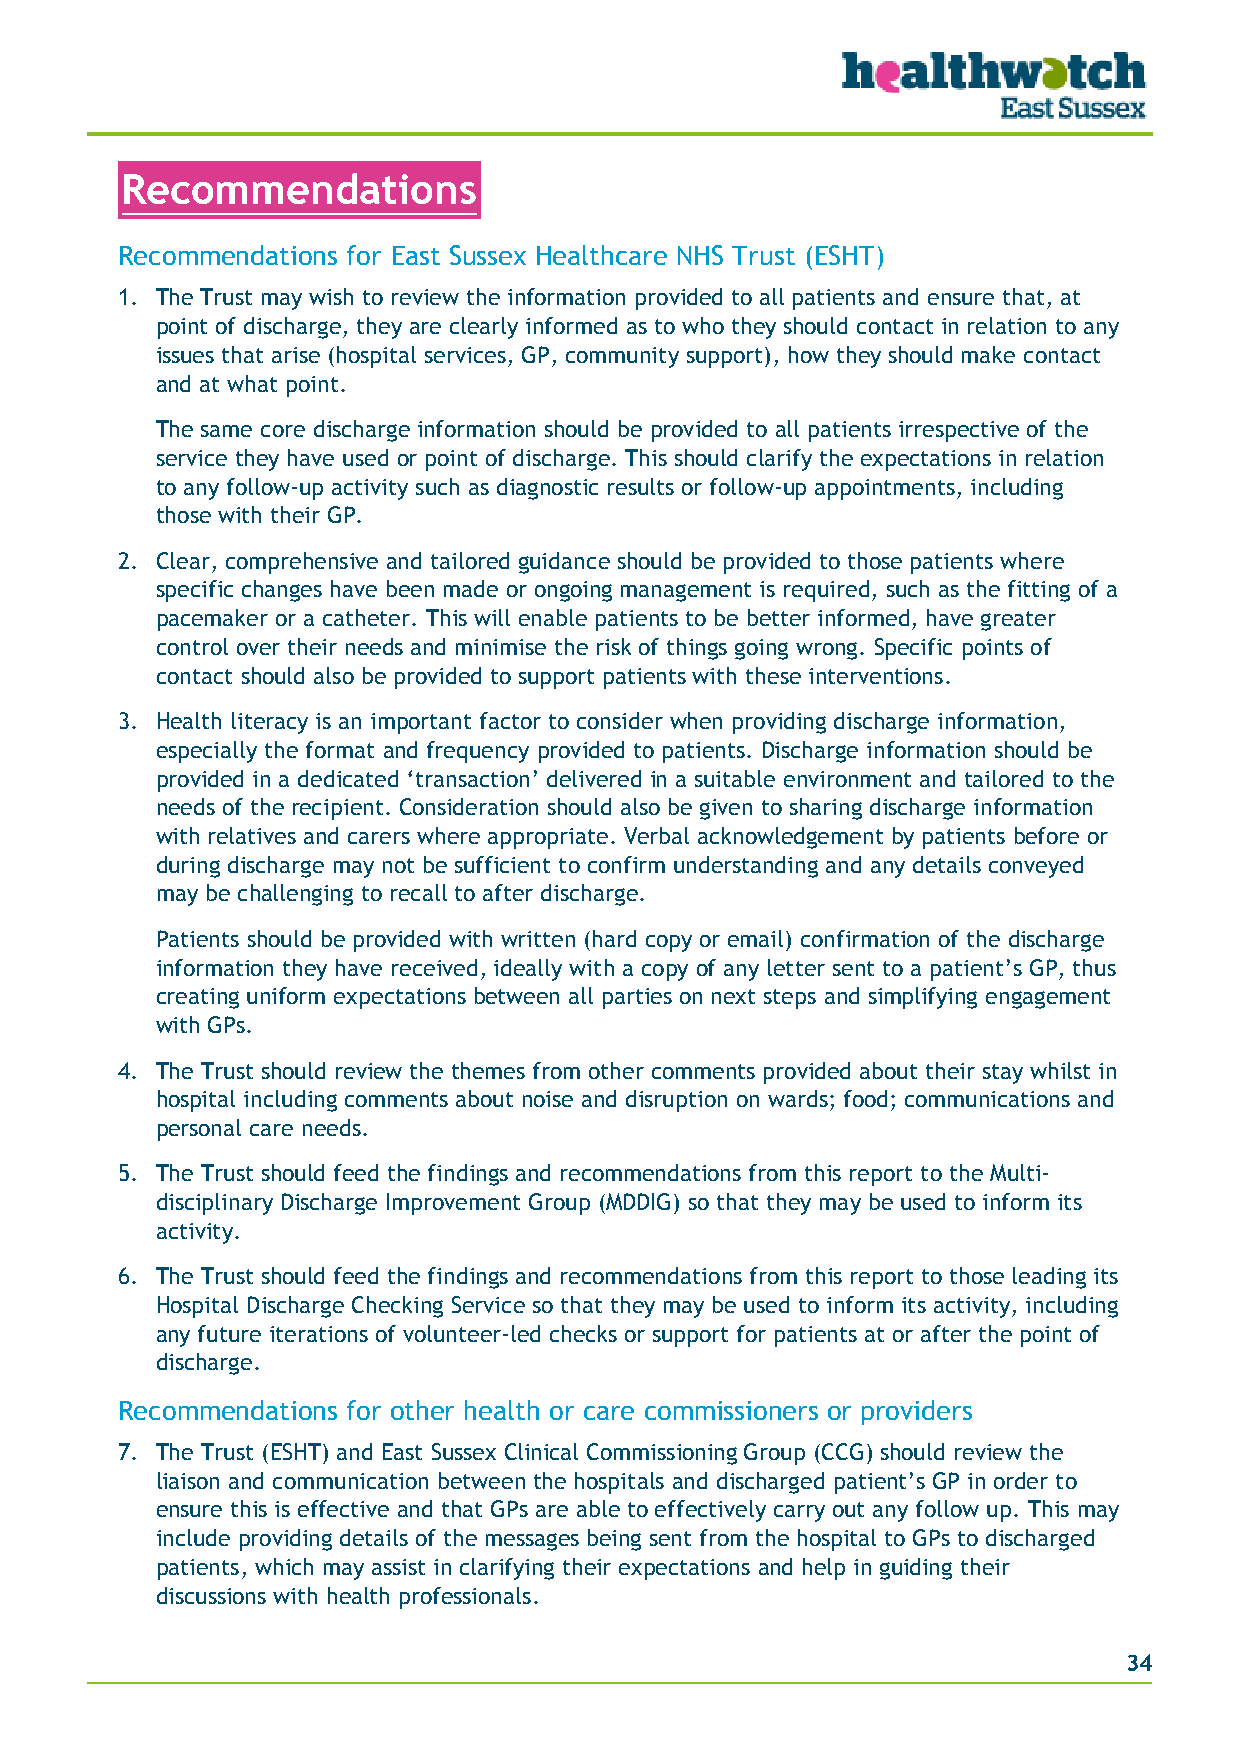
Recommendations
 Recommendations for East Sussex Healthcare NHS Trust (ESHT)
 1. The Trust may wish to review the information provided to all patients and ensure that, at
 point of discharge, they are clearly informed as to who they should contact in relation to any
 issues that arise (hospital services, GP, community support), how they should make contact
 and at what point.
 The same core discharge information should be provided to all patients irrespective of the
 service they have used or point of discharge. This should clarify the expectations in relation
 to any follow-up activity such as diagnostic results or follow-up appointments, including
 those with their GP.
 2. Clear, comprehensive and tailored guidance should be provided to those patients where
 specific changes have been made or ongoing management is required, such as the fitting of a
 pacemaker or a catheter. This will enable patients to be better informed, have greater
 control over their needs and minimise the risk of things going wrong. Specific points of
 contact should also be provided to support patients with these interventions.
 3. Health literacy is an important factor to consider when providing discharge information,
 especially the format and frequency provided to patients. Discharge information should be
 provided in a dedicated ‘transaction’ delivered in a suitable environment and tailored to the
 needs of the recipient. Consideration should also be given to sharing discharge information
 with relatives and carers where appropriate. Verbal acknowledgement by patients before or
 during discharge may not be sufficient to confirm understanding and any details conveyed
 may be challenging to recall to after discharge.
 Patients should be provided with written (hard copy or email) confirmation of the discharge
 information they have received, ideally with a copy of any letter sent to a patient’s GP, thus
 creating uniform expectations between all parties on next steps and simplifying engagement
 with GPs.
 4. The Trust should review the themes from other comments provided about their stay whilst in
 hospital including comments about noise and disruption on wards; food; communications and
 personal care needs.
 5. The Trust should feed the findings and recommendations from this report to the Multi-
 disciplinary Discharge Improvement Group (MDDIG) so that they may be used to inform its
 activity.
 6. The Trust should feed the findings and recommendations from this report to those leading its
 Hospital Discharge Checking Service so that they may be used to inform its activity, including
 any future iterations of volunteer-led checks or support for patients at or after the point of
 discharge.
 Recommendations for other health or care commissioners or providers
 7. The Trust (ESHT) and East Sussex Clinical Commissioning Group (CCG) should review the
 liaison and communication between the hospitals and discharged patient’s GP in order to
 ensure this is effective and that GPs are able to effectively carry out any follow up. This may
 include providing details of the messages being sent from the hospital to GPs to discharged
 patients, which may assist in clarifying their expectations and help in guiding their
 discussions with health professionals.
 34